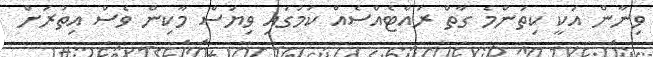
ވިނާން އަކީ ކިތަންމެ ގާތް ރައްޓެއްސެއް ކަމުގައި ވިޔަސް މާކިން ވެސް އިތުރަށް